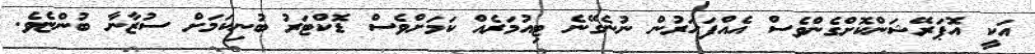
އަކީ އޮޕަރޭޝަންކޮށްގެންވެސް އެއްފަހަރުން ނުނެގޭނެ ޓިއުމަރެއް ކަމަށްވެސް ޑޮކްޓަރު ބުނިކަމަށް ސުޒާނާ ބުންޏެވެ.